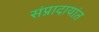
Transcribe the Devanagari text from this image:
संप्रादायांत